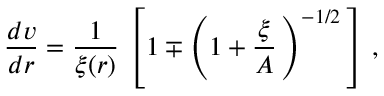
\frac { d v } { d r } = \frac { 1 } { \xi ( r ) } \, \left[ 1 \mp \left( 1 + \frac { \xi } { A } \, \right) ^ { - 1 / 2 } \, \right] \, ,